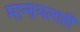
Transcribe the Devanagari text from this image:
मानायलाही